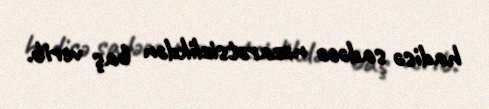
hadisə sadəcə nəzarətsizlikdən baş verib.